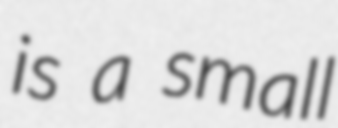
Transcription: is a small